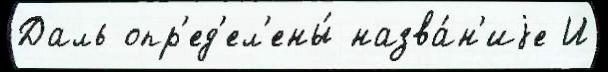
Даль опр'ед'ел'ены́ назва́н'иjе И